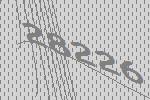
28226